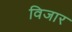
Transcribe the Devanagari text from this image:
विजार